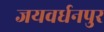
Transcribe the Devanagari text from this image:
जयवर्धनपुर